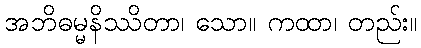
အဘိဓမ္မနိဿိတာ၊ သော။ ကထာ၊ တည်း။